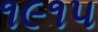
૧૯૧૫